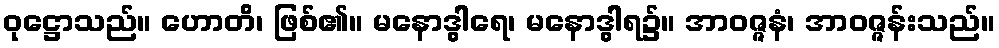
ဝုဋ္ဌောသည်။ ဟောတိ၊ ဖြစ်၏။ မနောဒွါရေ၊ မနောဒွါရ၌။ အာဝဇ္ဇနံ၊ အာဝဇ္ဇန်းသည်။